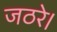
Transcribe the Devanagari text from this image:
जठरे।